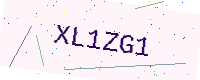
Text: XL1ZG1